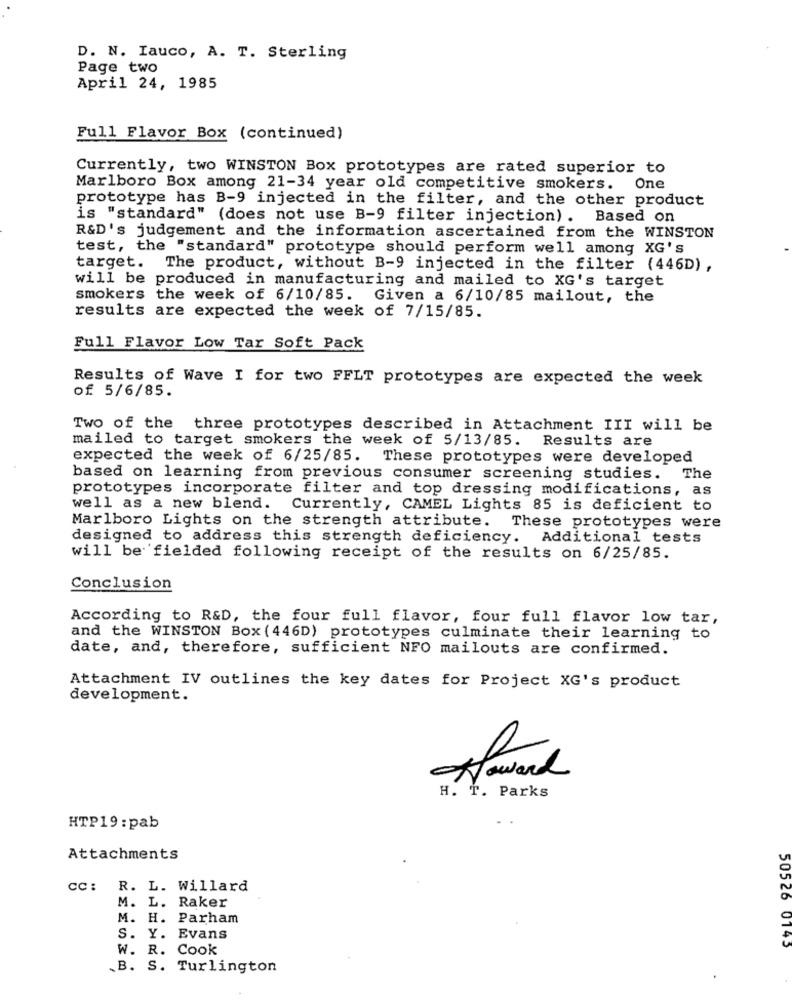
D. N. Iauco, A. T. Sterling
Page two
April 24, 1985
Full Flavor Box (continued)
Currently, two WINSTON Box prototypes are rated superior to
Marlboro Box among 21-34 year old competitive smokers. One
prototype has B-9 injected in the filter, and the other product
is "standard" (does not use B-9 filter injection) . Based on
R&D's judgement and the information ascertained from the WINSTON
test, the "standard" prototype should perform well among XG's
target. The product, without B-9 injected in the filter (446D) ,
will be produced in manufacturing and mailed to XG's target
smokers the week of 6/10/85. Given a 6/10/85 mailout, the
results are expected the week of 7/15/85.
Full Flavor Low Tar Soft Pack
Results of Wave I for two FFLT prototypes are expected the week
of 5/6/85.
Two of the three prototypes described in Attachment III will be
mailed to target smokers the week of 5/13/85. Results are
expected the week of 6/25/85. These prototypes were developed
based on learning from previous consumer screening studies.
The
prototypes incorporate filter and top dressing modifications, as
well as a new blend. Currently, CAMEL Lights 85 is deficient to
Marlboro Lights on the strength attribute. These prototypes were
designed to address this strength deficiency. Additional tests
will be fielded following receipt of the results on 6/25/85.
Conclusion
According to R&D, the four full flavor, four full flavor low tar,
and the WINSTON Box ( 446D) prototypes culminate their learning to
date, and, therefore, sufficient NFO mailouts are confirmed.
Attachment IV outlines the key dates for Project XG's product
development.
Howard
H. T. Parks
HTP19:pab
Attachments
CC: R. L. Willard
M. L. Raker
M. H. Parham
S. Y. Evans
W. R. Cook
50526 0143
B. S. Turlington